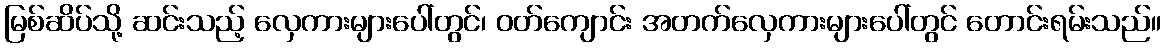
မြစ်ဆိပ်သို့ ဆင်းသည့် လှေကားများပေါ်တွင်၊ ဝတ်ကျောင်း အတက်လှေကားများပေါ်တွင် တောင်းရမ်းသည်။